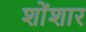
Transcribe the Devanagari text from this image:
शोंशार